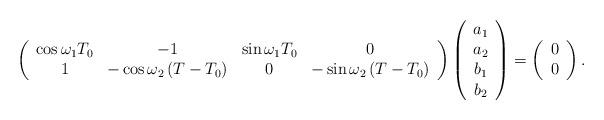
LaTeX: \begin{align*}\left(\begin{array}{cccc}\cos\omega_{1}T_{0} & -1 & \sin\omega_{1}T_{0} & 0\\1 & -\cos\omega_{2}\left(T-T_{0}\right) & 0 & -\sin\omega_{2}\left(T-T_{0}\right)\end{array}\right)\left(\begin{array}{c}a_{1}\\a_{2}\\b_{1}\\b_{2}\end{array}\right)=\left(\begin{array}{c}0\\0\end{array}\right).\end{align*}